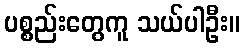
ပစ္စည်းတွေကူ သယ်ပါဦး။